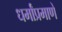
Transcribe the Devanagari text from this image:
धर्मांप्रमाणे